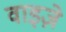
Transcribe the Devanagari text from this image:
वाइज़े